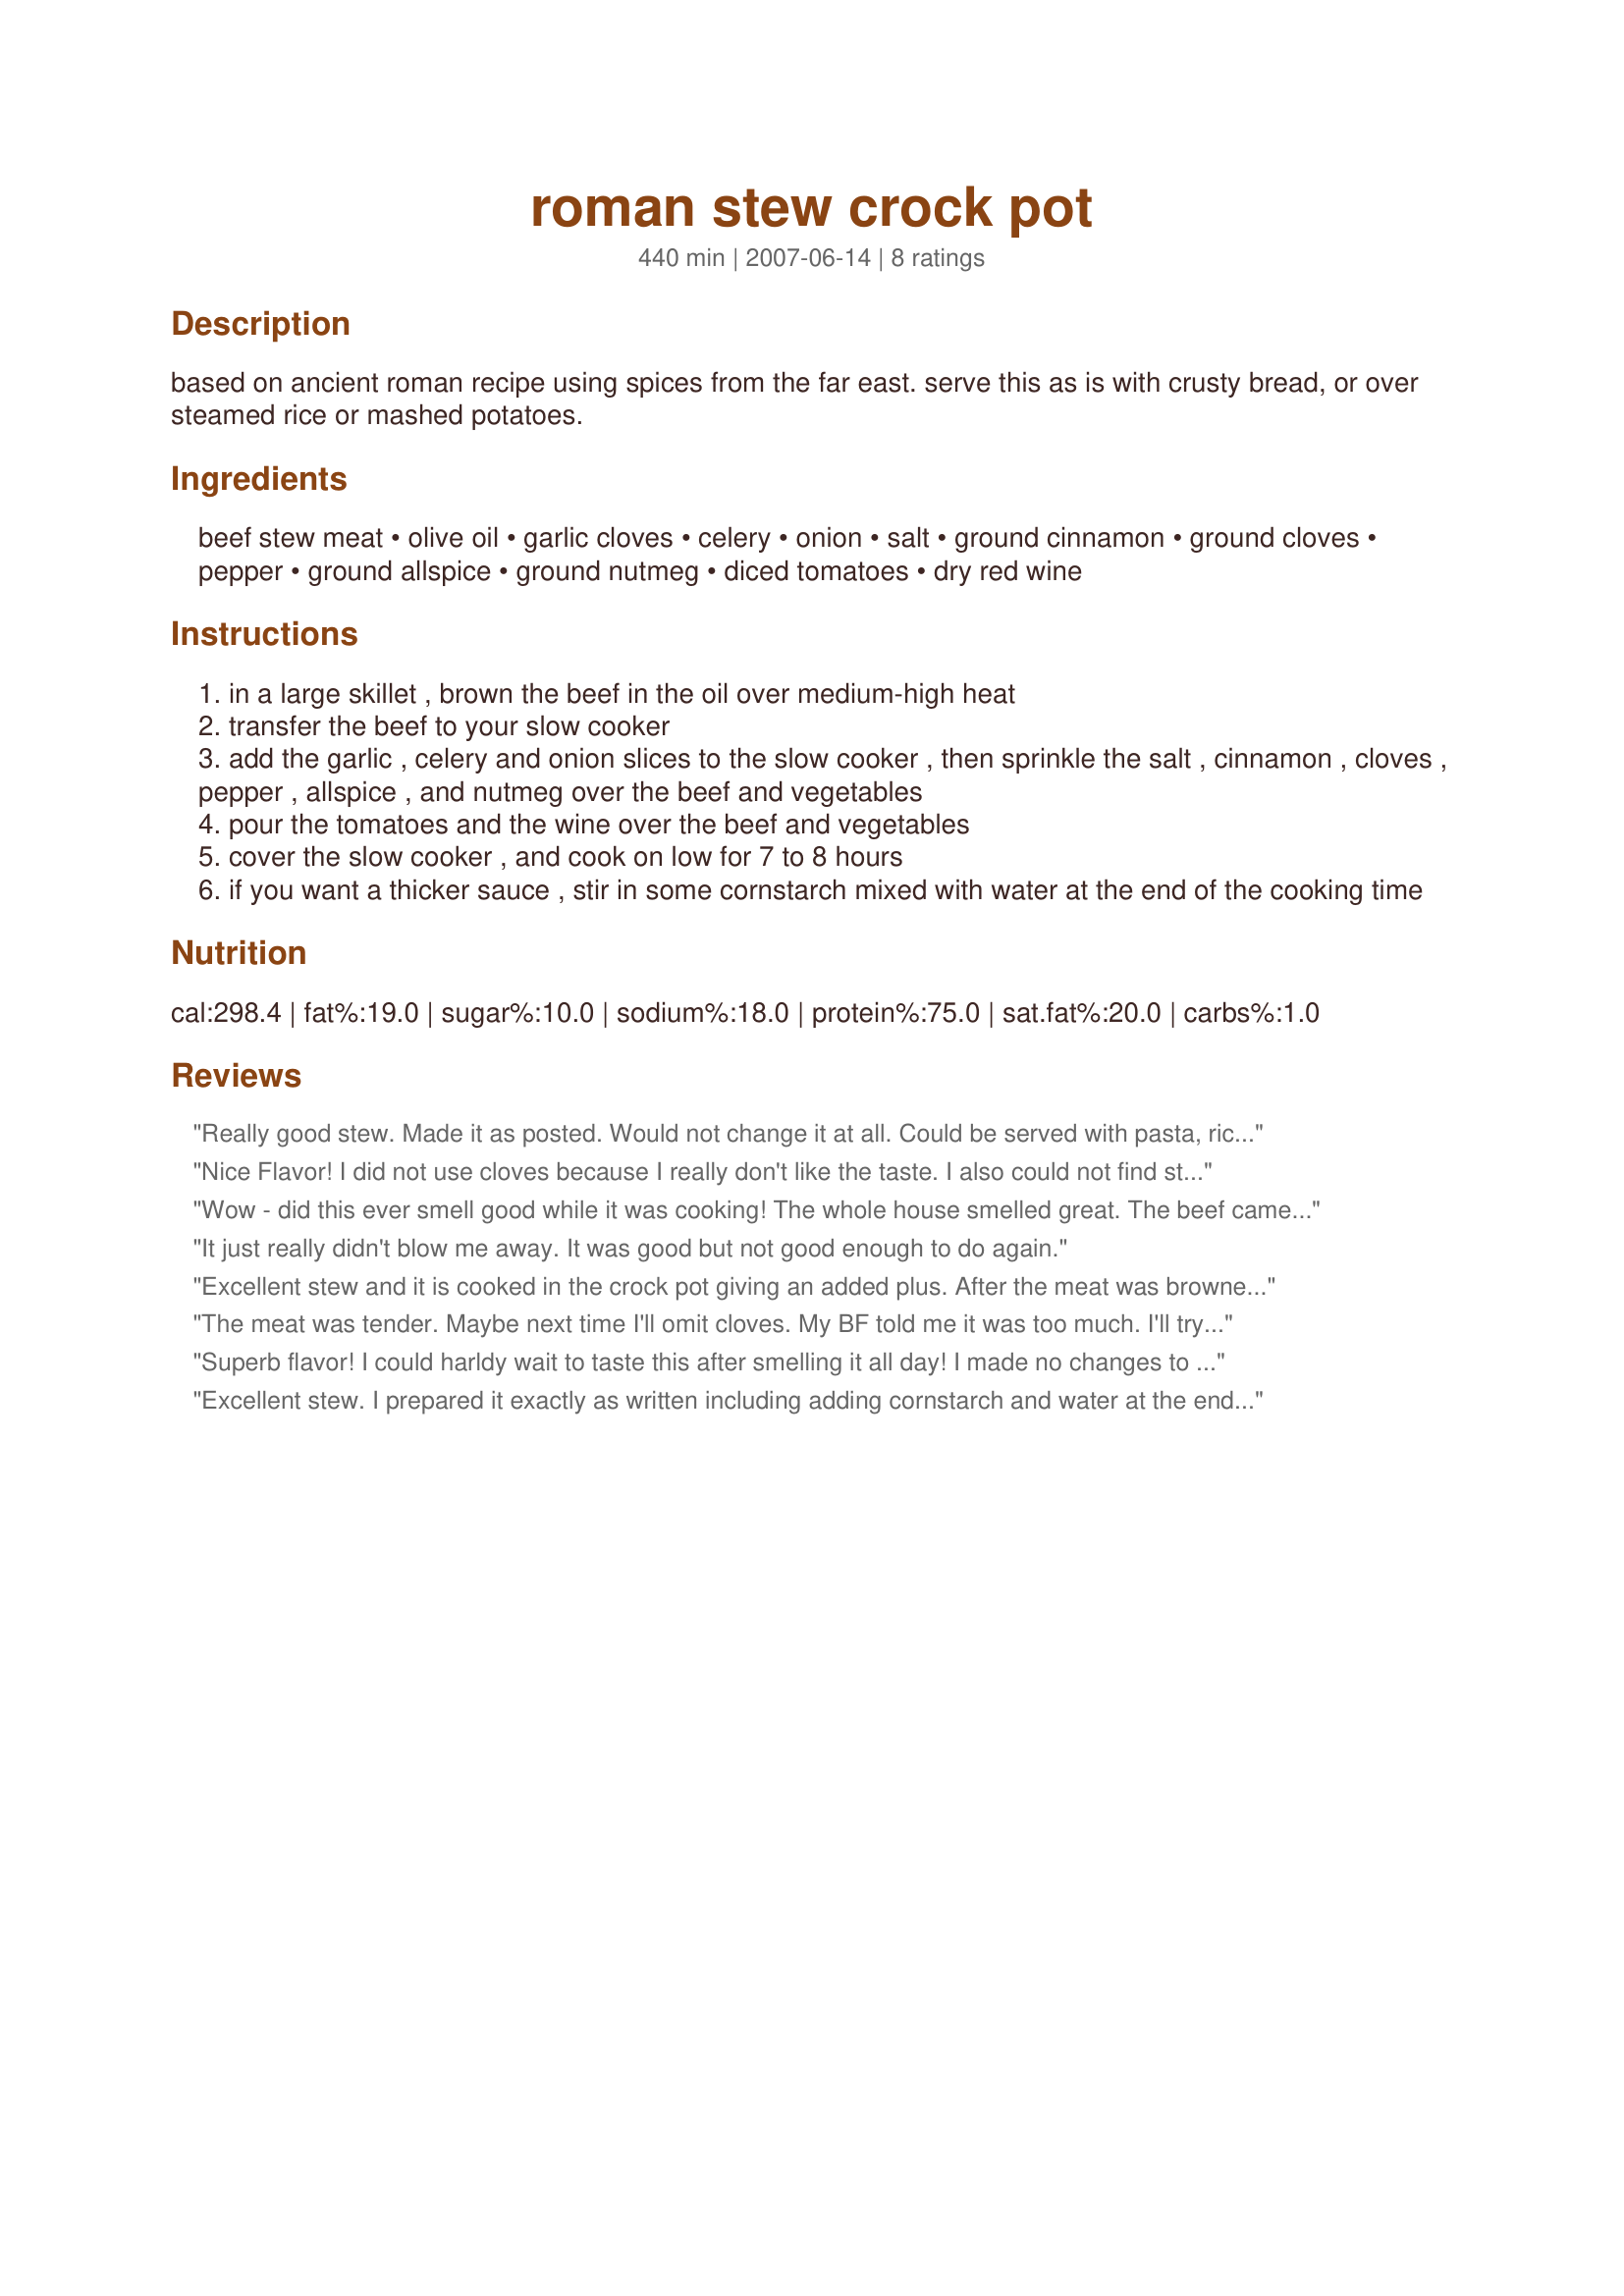
roman stew crock pot
Preparation time: 440 minutes

based on ancient roman recipe using spices from the far east. serve this as is with crusty bread, or over steamed rice or mashed potatoes.

Ingredients:
beef stew meat, olive oil, garlic cloves, celery, onion, salt, ground cinnamon, ground cloves, pepper, ground allspice, ground nutmeg, diced tomatoes, dry red wine

Steps:
in a large skillet , brown the beef in the oil over medium-high heat
transfer the beef to your slow cooker
add the garlic , celery and onion slices to the slow cooker , then sprinkle the salt , cinnamon , cloves , pepper , allspice , and nutmeg over the beef and vegetables
pour the tomatoes and the wine over the beef and vegetables
cover the slow cooker , and cook on low for 7 to 8 hours
if you want a thicker sauce , stir in some cornstarch mixed with water at the end of the cooking time

Reviews:
Really good stew. Made it as posted. Would not change it at all. Could be served with pasta, rice or mashed potatoes. Just the right amount and selection of spices to suit our tastes. Spoiled hubby who does not like to compliment food; when asked his opinion, asked if he had to give a number (as in stars) He gave it 4, that is high praise from him, and even better to tell you, he had thirds. Wonder if it would have been even better the next day, had there been left-overs. Lol!
Nice Flavor! I did not use cloves because I really don't like the taste. I also could not find stew meat so I used chuck roast and just browned on both sides. When it was finished cooking I just pulled the beef into chunks. Very good!
Wow - did this ever smell good while it was cooking! The whole house smelled great. The beef came out very tender and the stew had a great flavor. Next time, I think I would add just a little less cinnamon. It was great over mashed potatoes. Thanks mikekey! Made for Aussie Swap #14.
It just really didn't blow me away. It was good but not good enough to do again.
Excellent stew and it is cooked in the crock pot giving an added plus. After the meat was browned and placed in the crock pot the onions and garlic were also cooked in the skillet. I think that browning both gave a lot of added flavor to the dish. The tomatoes were poured into the skillet to quickly de-glazed and capture all the browned bits from the pan. A little cornstarch and water were added about the last hour of cooking. The stew was served over Spinach and Artichoke Mashed Potatoes for a real taste sensation. Made for ZWT 7.
The meat was tender. Maybe next time I'll omit cloves. My BF told me it was too much. I'll try to add cornstarch next time, cause when I wanted to do it, it was too late. It was in the crockpot for 7 hours. Thanks Mikekey :) Made for 123 hit wonders.
Superb flavor! I could harldy wait to taste this after smelling it all day! I made no changes to the recipe. Served it over mashed potatoes.... it was excellent! As per the suggestion in step 5, I did add some cornstarch in water near the end of cooking time. I'll use this recipe lots during the chilly winter months. Those spices are just right to warm your bones. Thanx for posting.
Excellent stew. I prepared it exactly as written including adding cornstarch and water at the end to thicken the broth. I loved the spices used for this dish. Made for ZWT7.
